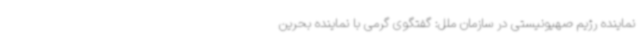
نماینده رژیم صهیونیستی در سازمان ملل: گفتگوی گرمی با نماینده بحرین